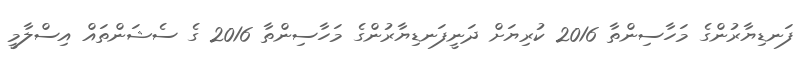
ފަނޑިޔާރުންގެ މަހާސިންތާ 2016 ކުރިޔަށް ދަނީފަނޑިޔާރުންގެ މަހާސިންތާ 2016 ގެ ސެޝަންތައް އިސްލާމީ